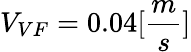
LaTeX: V_{VF}=0.04[\frac{m}{s}]